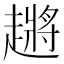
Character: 𬦞